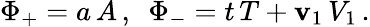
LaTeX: \Phi_{+}=a\, A\, ,\, \, \, \Phi_{-}=t\, T+\mathbf{v}_{1}\, V_{1}\, .